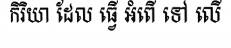
កិរិយា ដែល ធ្វើ អំពើ ទៅ លើ